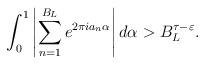
LaTeX: \begin{align*} \int^{1}_{0} \left|\sum^{B_{L}}_{n=1} e^{2 \pi i a_{n} \alpha}\right|d \alpha >B^{\tau-\varepsilon}_{L}.\end{align*}